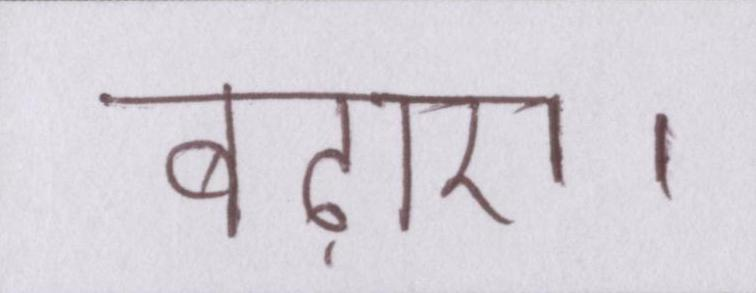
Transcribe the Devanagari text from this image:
बढ़ाएं।